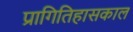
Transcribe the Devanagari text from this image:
प्रागितिहासकाल